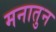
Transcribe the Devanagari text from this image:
मनातुन